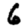
Digit: 6